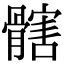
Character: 𩪃